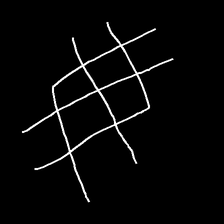
Glyph: crystal